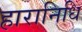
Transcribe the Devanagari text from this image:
हारानिधि